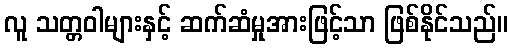
လူ သတ္တဝါများနှင့် ဆက်ဆံမှုအားဖြင့်သာ ဖြစ်နိုင်သည်။